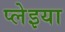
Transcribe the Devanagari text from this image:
प्लेइया